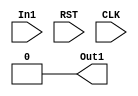
module FSM(
  input In1,
  input RST,
  input CLK, 
  output reg Out1
);

reg current_state, next_state;
parameter A = 2'b00, B = 2'b01, C = 2'b10;

always @(posedge CLK or negedge RST)
begin: STATE_MEMORY
		if(!RST)
			current_state<=current_state;
		else
			current_state <= next_state;
end

always @(current_state or In1)
begin: NEXT_STATE_LOGIC
	case(current_state)
	A: if(In1==1) next_state = B; else next_state = A;
	B: if(In1==1) next_state = B; else next_state = C;
	C: if(In1==1) next_state = A; else next_state = C;
	endcase
end

always @(current_state)
begin:OUTPUT_LOGIC
	case(current_state)
	 A : Out1 = 0;
	 B : Out1 = 0;
	 C : Out1 = 1;
	endcase
end

endmodule





/*
//signal declaration
	reg [1:0] state;
	reg [1:0] next_state;
	
//body

always @(negedge CLK)
begin
	
	if (state == 2'b10)
		Out1 <= 1;
		
	else
		Out1 <= 0;
end

always @(negedge CLK)
begin
	if (RST == 0)
		state <= 2'b00;
	else begin
	case(state)
	2'b00 : 
		if (In1 == 1)
			state <= 2'b01 ;
		else if (In1==0)
			state <= 2'b00;
	2'b01 : 
		if (In1 == 1)
			state <= 2'b01;
		else if (In1==0)
			state <= 2'b10;		
	
	2'b10 : 
		if (In1 == 1)
			state <= 2'b00;
		else if (In1==0)
			state <= 2'b10;
	
	endcase end
end

endmodule
*/